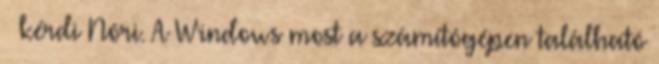
– kérdi Nóri. A Windows most a számítógépen található